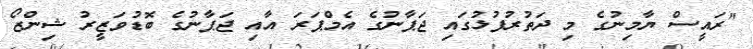
"ރައީސް ޔާމިނުގެ މި ދަތުރުފުޅުގައި ޖަޕާނުގެ އެމްޕަރަ އާއި ޖަޕާނުގެ ބޮޑުވަޒީރު ޝިންޒޯ